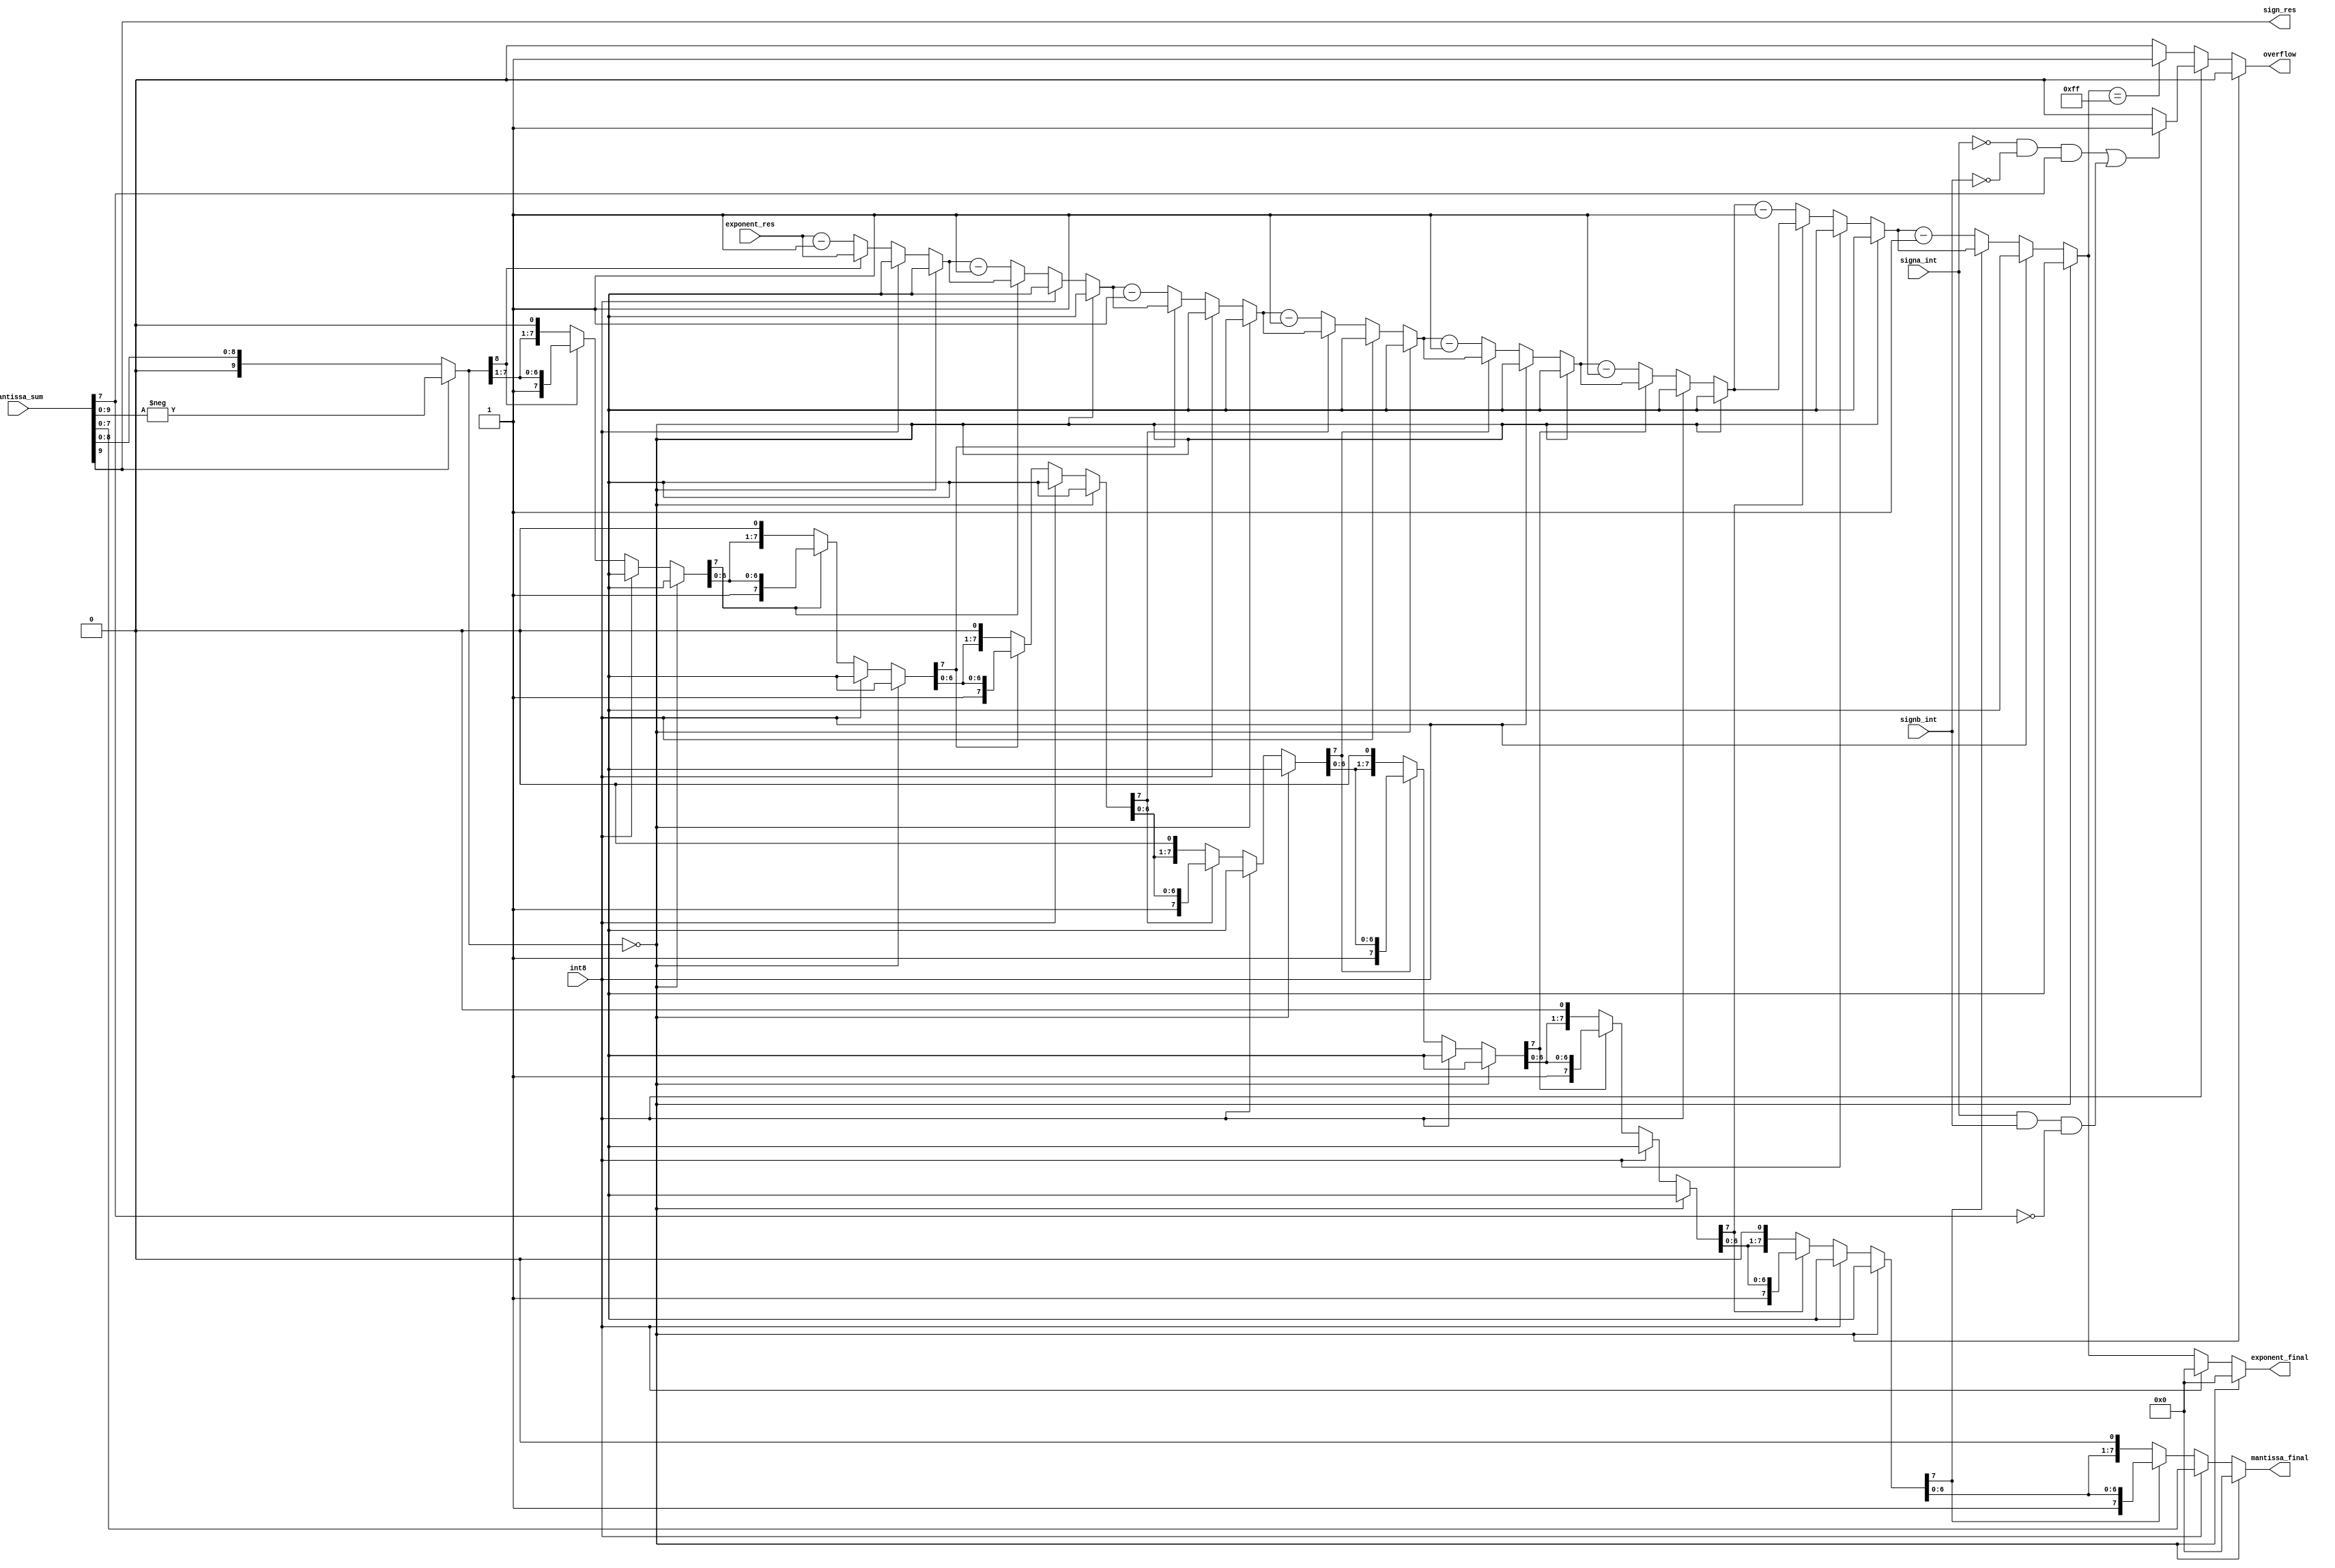
module normalisation_s(int8,signa_int,signb_int,mantissa_sum,exponent_res,mantissa_final,exponent_final,sign_res,overflow);

input [10:0] mantissa_sum;
input [7:0] exponent_res;
input int8;
input signa_int,signb_int;
 
output reg [7:0] mantissa_final;
output reg [7:0] exponent_final;
output sign_res;
output reg overflow;
wire [10:0] Mantissa_sum;

assign sign_res=mantissa_sum[9];

assign Mantissa_sum=(mantissa_sum[9]?(-mantissa_sum):mantissa_sum);

always @(*)
begin
	
	overflow=0;
	if(Mantissa_sum[9:0]==10'b0)
	begin
		mantissa_final=8'b0;
		exponent_final=8'b0;
	end
	
	else if(int8)
	begin
		 mantissa_final=mantissa_sum[7:0];
		 exponent_final=8'b0;
		 
		 if(((!signa_int)&(!signb_int)&mantissa_sum[7]) |(signa_int & signb_int & (!mantissa_sum[7])))
		 begin
			  overflow=1;
		 end
		 
	end
	
	else
	begin
		mantissa_final=Mantissa_sum[8:1];
      exponent_final=exponent_res;
		
		repeat(8)
		begin
         if(mantissa_final[7]==0)
          begin
              mantissa_final=(mantissa_final<<1'b1);
              exponent_final=exponent_final-1'b1;
          end
		end
		
		if(exponent_final==8'b11111111)
		begin
			overflow=1;
		end
		
	end
	
end
endmodule